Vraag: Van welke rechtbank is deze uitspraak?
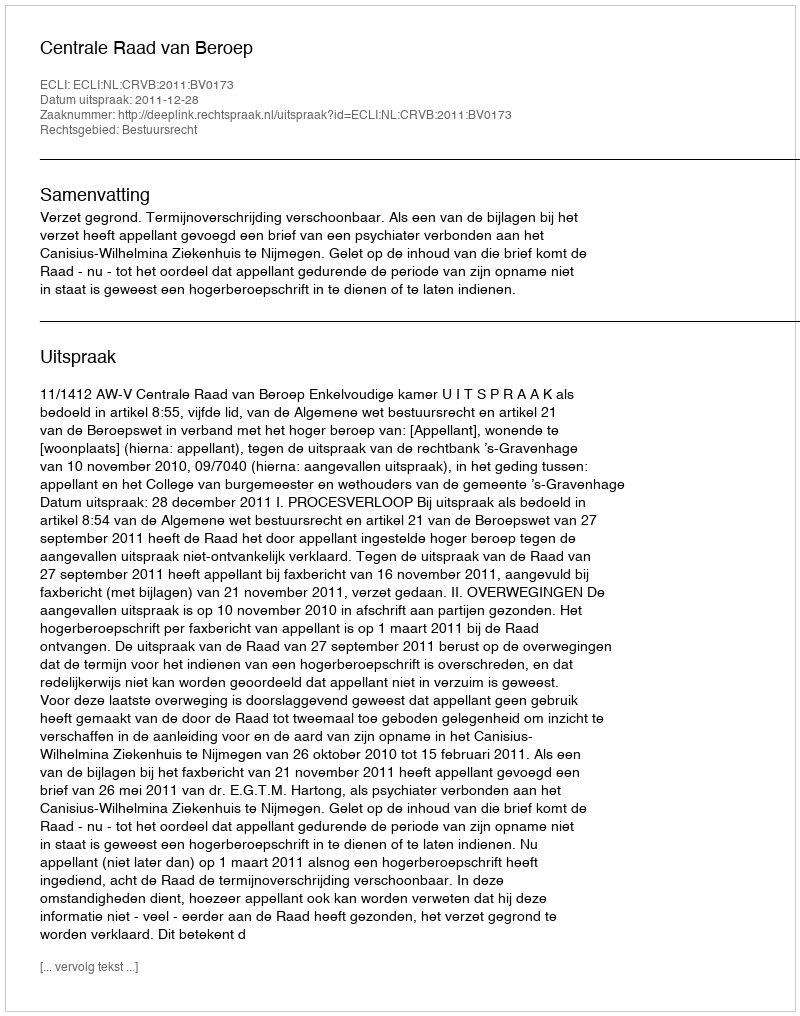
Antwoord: Centrale Raad van Beroep